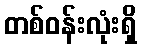
တစ်ဝန်းလုံးရှိ